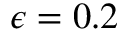
\epsilon = 0 . 2